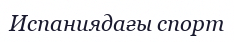
Испаниядағы спорт